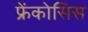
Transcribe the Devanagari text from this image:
फ्रेंकोसिस